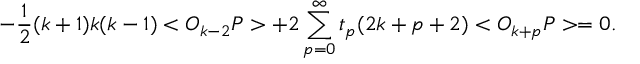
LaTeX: - \frac { 1 } { 2 } ( k + 1 ) k ( k - 1 ) < O _ { k - 2 } P > + 2 \sum _ { p = 0 } ^ { \infty } t _ { p } ( 2 k + p + 2 ) < O _ { k + p } P > = 0 .